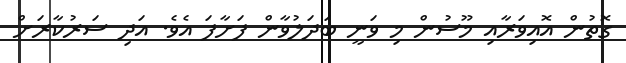
ގޮތުން އޮއިވަރާއި މޫސުން މި ވަނީ ބަދަލުވާން ފަށާފަ އެވެ. އަދި ސަރުކާރަށް